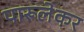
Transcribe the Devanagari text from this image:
पारूलेकर